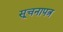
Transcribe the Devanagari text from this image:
सूचनापत्र